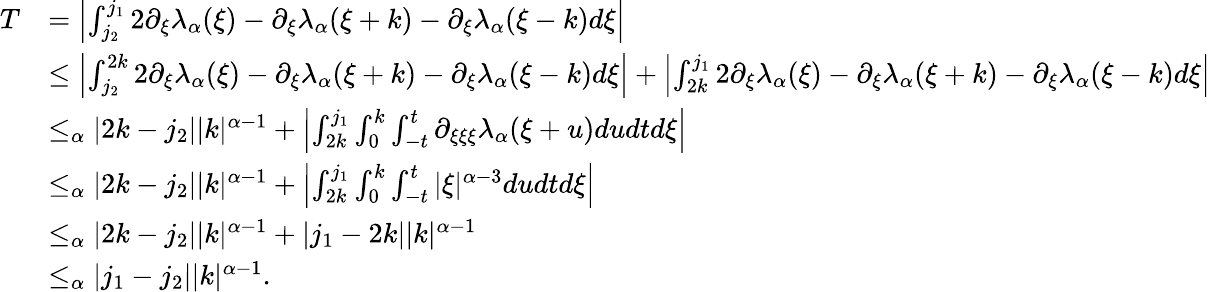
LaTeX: \begin{array}{rl}{T}&{=\left|\int_{j_{2}}^{j_{1}}2\partial_{\xi}\lambda_{\alpha}(\xi)-\partial_{\xi}\lambda_{\alpha}(\xi+k)-\partial_{\xi}\lambda_{\alpha}(\xi-k)d\xi\right|}\\ &{\le\left|\int_{j_{2}}^{2k}2\partial_{\xi}\lambda_{\alpha}(\xi)-\partial_{\xi}\lambda_{\alpha}(\xi+k)-\partial_{\xi}\lambda_{\alpha}(\xi-k)d\xi\right|+\left|\int_{2k}^{j_{1}}2\partial_{\xi}\lambda_{\alpha}(\xi)-\partial_{\xi}\lambda_{\alpha}(\xi+k)-\partial_{\xi}\lambda_{\alpha}(\xi-k)d\xi\right|}\\ &{\le_{\alpha}|2k-j_{2}||k|^{\alpha-1}+\left|\int_{2k}^{j_{1}}\int_{0}^{k}\int_{-t}^{t}\partial_{\xi\xi\xi}\lambda_{\alpha}(\xi+u)dudtd\xi\right|}\\ &{\le_{\alpha}|2k-j_{2}||k|^{\alpha-1}+\left|\int_{2k}^{j_{1}}\int_{0}^{k}\int_{-t}^{t}|\xi|^{\alpha-3}dudtd\xi\right|}\\ &{\le_{\alpha}|2k-j_{2}||k|^{\alpha-1}+|j_{1}-2k||k|^{\alpha-1}}\\ &{\le_{\alpha}|j_{1}-j_{2}||k|^{\alpha-1}.}\end{array}